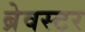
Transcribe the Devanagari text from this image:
ब्रेवस्टर